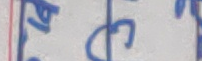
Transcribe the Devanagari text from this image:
प्रपटच